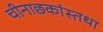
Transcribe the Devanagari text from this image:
चीनाछकांस्तथा